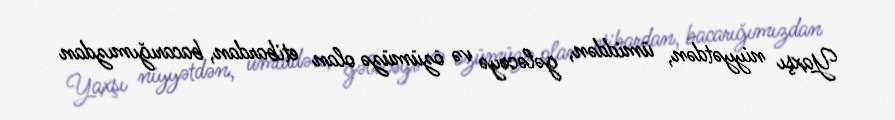
Yaxşı niyyətdən, ümiddən, gələcəyə və özümüzə olan etibardan, bacarığımızdan